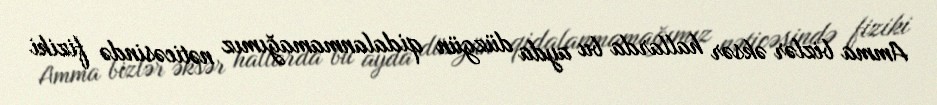
Amma bizlər əksər hallarda bu ayda düzgün qidalanmamağımız nəticəsində fiziki